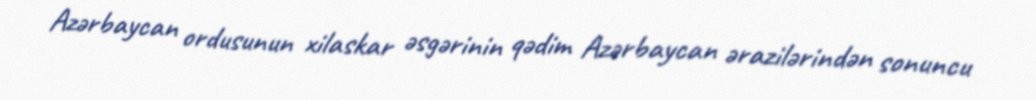
Azərbaycan ordusunun xilaskar əsgərinin qədim Azərbaycan ərazilərindən sonuncu